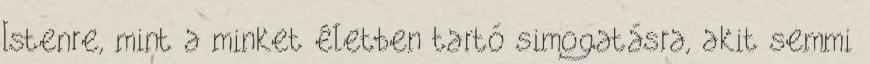
Istenre, mint a minket életben tartó simogatásra, akit semmi